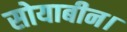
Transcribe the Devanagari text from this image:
सोयाबीन।